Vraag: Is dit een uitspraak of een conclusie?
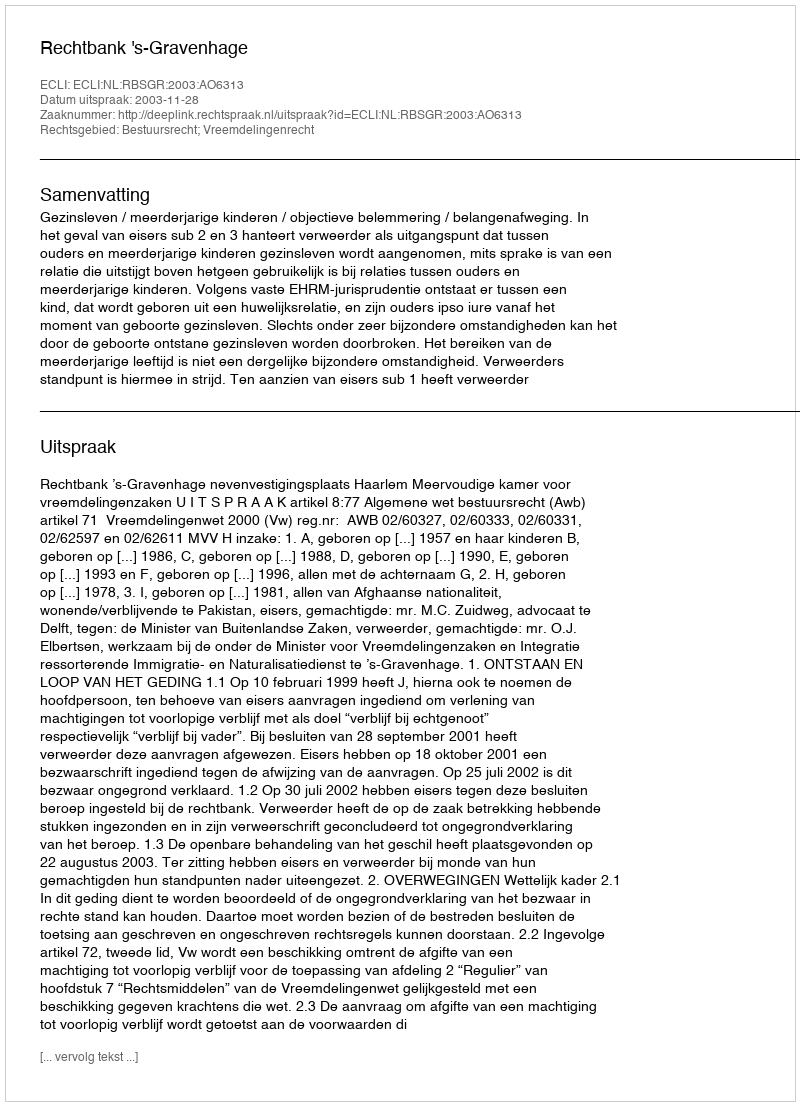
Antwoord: Uitspraak